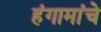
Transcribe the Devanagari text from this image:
हंगामांचे